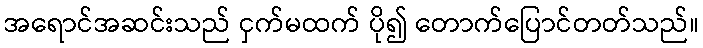
အရောင်အဆင်းသည် ငှက်မထက် ပို၍ တောက်ပြောင်တတ်သည်။